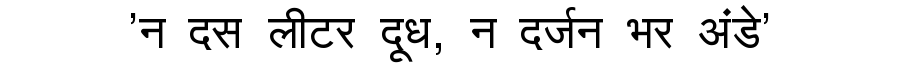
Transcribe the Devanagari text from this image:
'न दस लीटर दूध, न दर्जन भर अंडे'